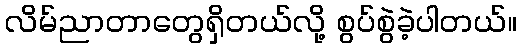
လိမ်ညာတာတွေရှိတယ်လို့ စွပ်စွဲခဲ့ပါတယ်။